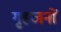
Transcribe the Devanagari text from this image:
गृहजनों